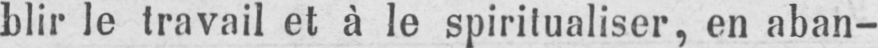
blir le travail et à le spiritualiser, en aban-